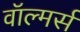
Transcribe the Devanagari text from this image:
वॉल्मर्स